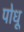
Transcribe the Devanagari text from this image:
पोधू